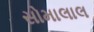
સોમાલાલ